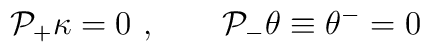
{\cal P}_{+}\kappa=0 \ , \qquad {\cal P}_{-} \theta \equiv \theta^-=0